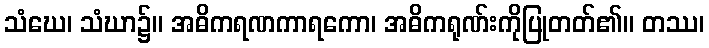
သံဃေ၊ သံဃာ၌။ အဓိကရဏကာရကော၊ အဓိကရုဏ်းကိုပြုတတ်၏။ တဿ၊